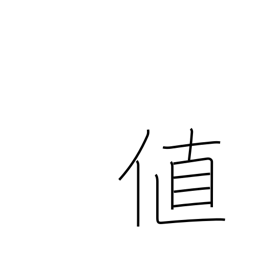
Meaning: cost